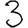
Digit: 3